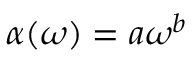
\alpha ( \omega ) = a \omega ^ { b }